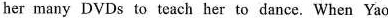
her many DVDs to teach her to dance. When Yao